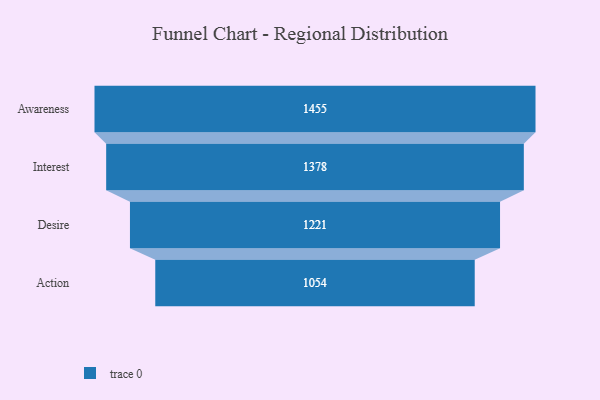
{"axis": {"x": "Stage", "y": "Value"}, "legend": [""], "data": [{"x": "Awareness", "y": 1455.0, "type": ""}, {"x": "Interest", "y": 1378.0, "type": ""}, {"x": "Desire", "y": 1221.0, "type": ""}, {"x": "Action", "y": 1054.0, "type": ""}]}